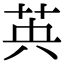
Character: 𮎧